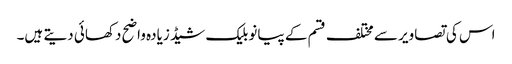
اس کی تصاویر سے مختلف قسم کے پیانو بلیک شیڈ زیادہ واضح دکھائی دیتے ہیں۔